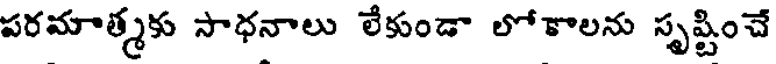
పరమాత్మకు సాధనాలు లేకుండా లోకాలను సృష్టించే